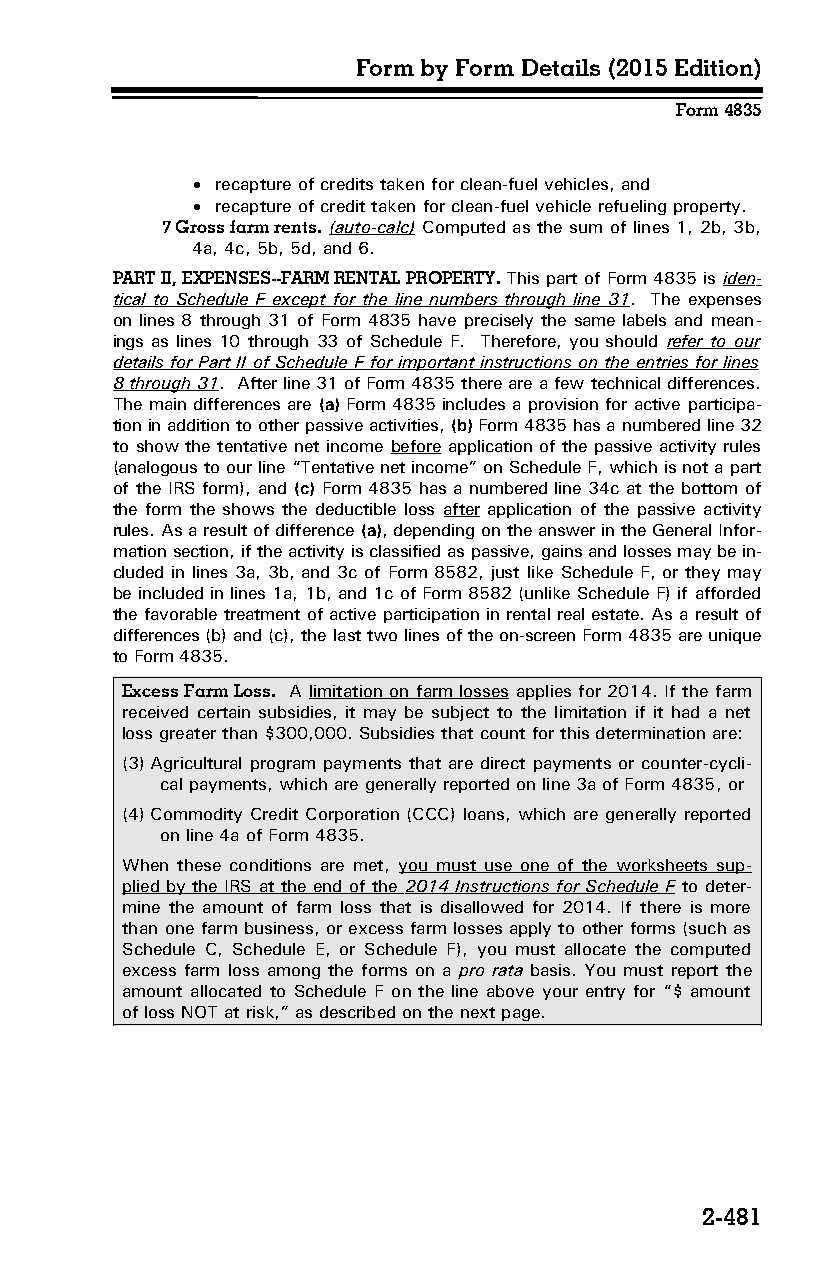
Form by Form Details (2015 Edition)
 Form 4835
  recapture of credits taken for clean-fuel vehicles, and
  recapture of credit taken for clean-fuel vehicle refueling property.
 7 Gross farm rents. (auto-calc) Computed as the sum of lines 1, 2b, 3b,
 4a, 4c, 5b, 5d, and 6.
 PART II, EXPENSES--FARM RENTAL PROPERTY. This part of Form 4835 is iden­
 tical to Schedule F except for the line numbers through line 31. The expenses
 on lines 8 through 31 of Form 4835 have precisely the same labels and mean­
 ings as lines 10 through 33 of Schedule F. Therefore, you should refer to our
 details for Part II of Schedule F for important instructions on the entries for lines
 8 through 31. After line 31 of Form 4835 there are a few technical differences.
 The main differences are (a) Form 4835 includes a provision for active participa­
 tion in addition to other passive activities, (b) Form 4835 has a numbered line 32
 to show the tentative net income before application of the passive activity rules
 (analogous to our line “Tentative net income” on Schedule F, which is not a part
 of the IRS form), and (c) Form 4835 has a numbered line 34c at the bottom of
 the form the shows the deductible loss after application of the passive activity
 rules. As a result of difference (a), depending on the answer in the General Infor­
 mation section, if the activity is classified as passive, gains and losses may be in­
 cluded in lines 3a, 3b, and 3c of Form 8582, just like Schedule F, or they may
 be included in lines 1a, 1b, and 1c of Form 8582 (unlike Schedule F) if afforded
 the favorable treatment of active participation in rental real estate. As a result of
 differences (b) and (c), the last two lines of the on-screen Form 4835 are unique
 to Form 4835.
 Excess Farm Loss. A limitation on farm losses applies for 2014. If the farm
 received certain subsidies, it may be subject to the limitation if it had a net
 loss greater than $300,000. Subsidies that count for this determination are:
 (3)Agricultural program payments that are direct payments or counter-cycli­
 cal payments, which are generally reported on line 3a of Form 4835, or
 (4)Commodity Credit Corporation (CCC) loans, which are generally reported
 on line 4a of Form 4835.
 When these conditions are met, you must use one of the worksheets sup­
 plied by the IRS at the end of the 2014 Instructions for Schedule F to deter­
 mine the amount of farm loss that is disallowed for 2014. If there is more
 than one farm business, or excess farm losses apply to other forms (such as
 Schedule C, Schedule E, or Schedule F), you must allocate the computed
 excess farm loss among the forms on a pro rata basis. You must report the
 amount allocated to Schedule F on the line above your entry for “$ amount
 of loss NOT at risk,” as described on the next page.
 2-481